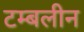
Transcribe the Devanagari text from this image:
टम्बलीन